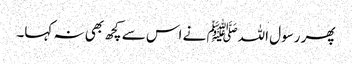
پھر رسول اللہﷺ نے اس سے کچھ بھی نہ کہا۔